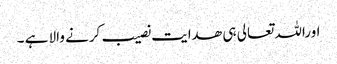
اوراللہ تعالی ہی ھدایت نصیب کرنے والا ہے ۔